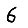
Digit: 6